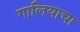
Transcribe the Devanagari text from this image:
गालियाचा